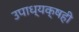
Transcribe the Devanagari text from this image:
उपाध्यक्षही